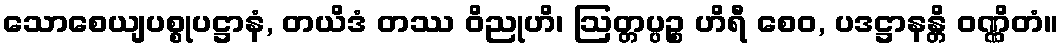
သောစေယျပစ္စုပဋ္ဌာနံ, တယိဒံ တဿ ဝိညုဟိ၊ ဩတ္တပ္ပဉ္စ ဟိရီ စေဝ, ပဒဋ္ဌာနန္တိ ဝဏ္ဏိတံ။